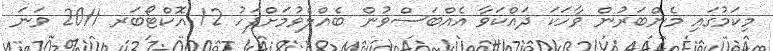
މިކަމުގައި މެންބަރުން ވާހަކަ ދައްކަވާ އެއްބަސްވުން ބެއްލެވުމަށްފަހު 12 އޮކްޓޯބަރ 2011 ވަނަ